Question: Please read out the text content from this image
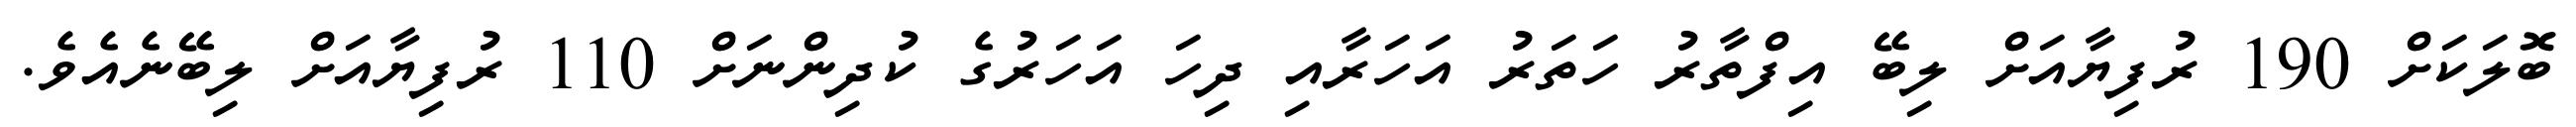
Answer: ބޮލަކަށް 190 ރުފިޔާއަށް ލިބޭ އިފްތާރު ހަތަރު އަހަރާއި ދިހަ އަހަރުގެ ކުދިންނަށް 110 ރުފިޔާއަށް ލިބޭނެއެވެ.